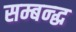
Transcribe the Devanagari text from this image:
सम्बन्द्ध